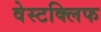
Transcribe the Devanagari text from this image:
वेस्टक्लिफ